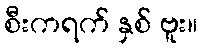
စီးကရက် နှစ် ဗူး။